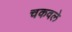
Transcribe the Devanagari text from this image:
चकवले